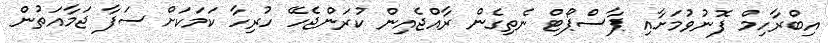
އިބްރާހިމް ފޮނުވުމަށާއި ޕާސްޕޯޓް ނެތިގެން ރާއްޖެއިން ކުރަންޖެހޭ ހުރިހާ ކަމަކަށް ސަފާ ޖަމާއަތުން